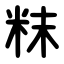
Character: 粖